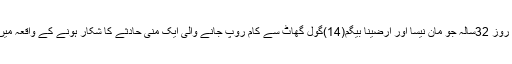
چہارشنبہ کے روز 32سالہ جو مان نیسا اور ارضینا بیگم(14)گول گھاٹ سے کام روپ جانے والی ایک منی حادثے کا شکار ہونے کے واقعہ میں ہلاک ہوگئے۔